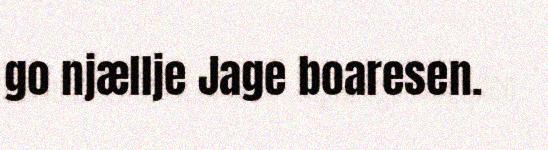
go njællje Jage boaresen.